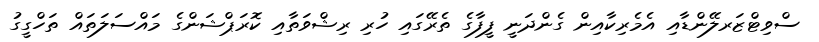
ސްވިޓްޒަރލޭންޑާއި އެމެރިކާއިން ގެންދަނީ ފީފާގެ ތެރޭގައި ހުރި ރިޝްވަތާއި ކޮރަޕްޝަންގެ މައްސަލަތައް ތަހްގީގު